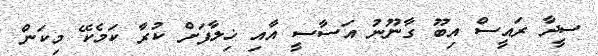
ސީދާ ރައީސް އިބޫ ގާނޫނު އަސާސީ އާއި ޚިލާފަށް ކުރާ ކަމެކޭ މިކަން